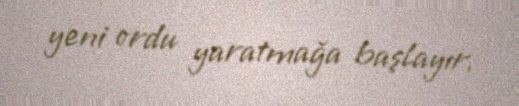
yeni ordu yaratmağa başlayır.